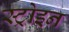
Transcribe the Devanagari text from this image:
स्ट्रोइन